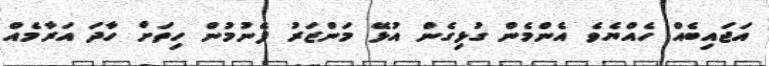
އަޖައިބެއް ހެއްޔެވެ އެންމެން ގުޅިގެން އުޅޭ މަންޒަރު ފެނުމުން ހިތަށް ހާދަ އަރާމެއް